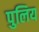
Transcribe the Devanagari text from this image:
पुलिय